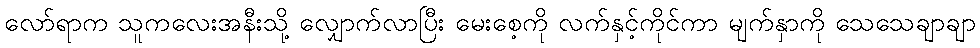
လော်ရာက သူကလေးအနီးသို့ လျှောက်လာပြီး မေးစေ့ကို လက်နှင့်ကိုင်ကာ မျက်နှာကို သေသေချာချာ